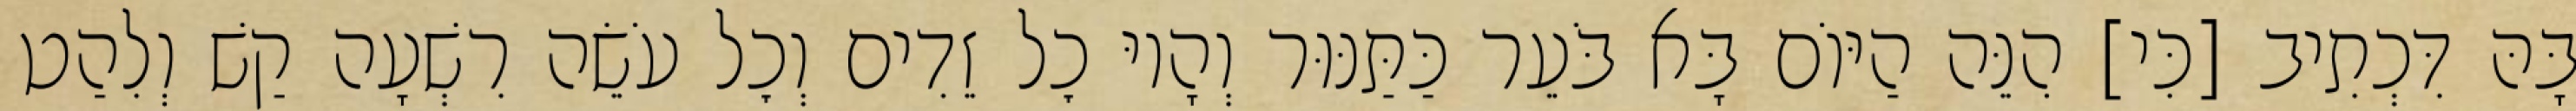
בָּהּ דִּכְתִיב [כִּי] הִנֵּה הַיּוֹם בָּא בֹּעֵר כַּתַּנּוּר וְהָיוּ כׇל זֵדִים וְכׇל עֹשֵׂה רִשְׁעָה קַשׁ וְלִהַט